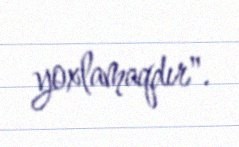
yoxlamaqdır".